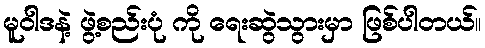
မူဝါဒနဲ့ ဖွဲ့စည်းပုံ ကို ရေးဆွဲသွားမှာ ဖြစ်ပါတယ်။